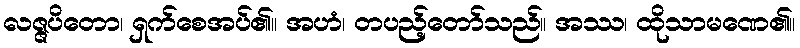
လဇ္ဇပိတော၊ ရှက်စေအပ်၏။ အဟံ၊ တပည့်တော်သည်။ အဿ၊ ထိုသာမဏေ၏။